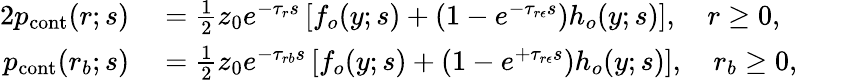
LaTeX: \begin{array}{rlrl}{{2}p_{\textrm{cont}}(r;s)}&{{}=\frac{1}{2}z_{0}e^{-\tau_{r}s}\left[f_{o}(y;s)+\left(1-e^{-\tau_{r\epsilon}s}\right)h_{o}(y;s)\right],\quad r\geq 0,}&{}&{{}}\\ {p_{\textrm{cont}}(r_{b};s)}&{{}=\frac{1}{2}z_{0}e^{-\tau_{rb}s}\left[f_{o}(y;s)+\left(1-e^{+\tau_{r\epsilon}s}\right)h_{o}(y;s)\right],\quad r_{b}\geq 0,}&{}&{{}}\end{array}